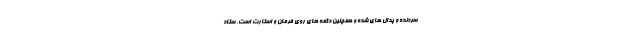
سردنده و پدال های شده و همچنین دکمه های روی فرمان و استارت است. ستاد